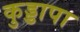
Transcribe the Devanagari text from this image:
कुड्डापा